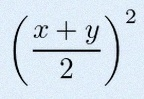
\left(\frac{x+y}{2}\right)^2